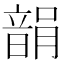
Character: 𩐪